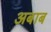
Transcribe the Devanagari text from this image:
अबाब